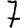
Digit: 7